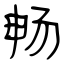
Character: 畅